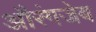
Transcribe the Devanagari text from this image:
अौरंगजेब